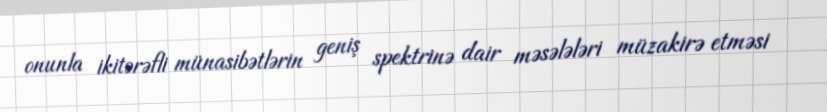
onunla ikitərəfli münasibətlərin geniş spektrinə dair məsələləri müzakirə etməsi